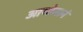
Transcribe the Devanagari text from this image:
आयोगानं